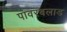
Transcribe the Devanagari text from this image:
पावरबलाड